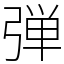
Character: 弾